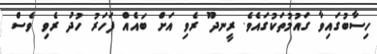
ހިސާބުގައިވާ ގައުމުތަކުގައެވެ. ރީނދޫ ރެވި އަށް ބައެއް ފަހަރު ހުދު ރެވި ވެސް